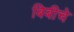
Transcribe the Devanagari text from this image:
बिबीचे